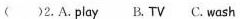
()2.A.playB.TV C. wash